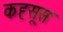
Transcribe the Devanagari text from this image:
कह्सूस